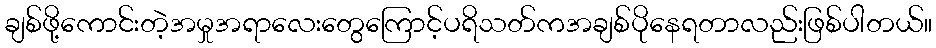
ချစ်ဖို့ကောင်းတဲ့အမှုအရာလေးတွေကြောင့်ပရိသတ်ကအချစ်ပိုနေရတာလည်းဖြစ်ပါတယ်။